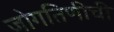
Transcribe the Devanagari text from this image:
जोगतिणीची